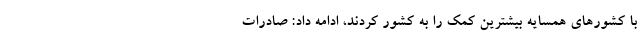
با کشورهای همسایه بیشترین کمک را به کشور کردند، ادامه داد: صادرات